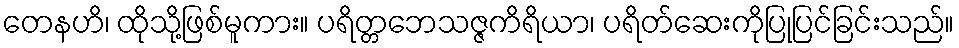
တေနဟိ၊ ထိုသို့ဖြစ်မူကား။ ပရိတ္တဘေသဇ္ဇကိရိယာ၊ ပရိတ်ဆေးကိုပြုပြင်ခြင်းသည်။